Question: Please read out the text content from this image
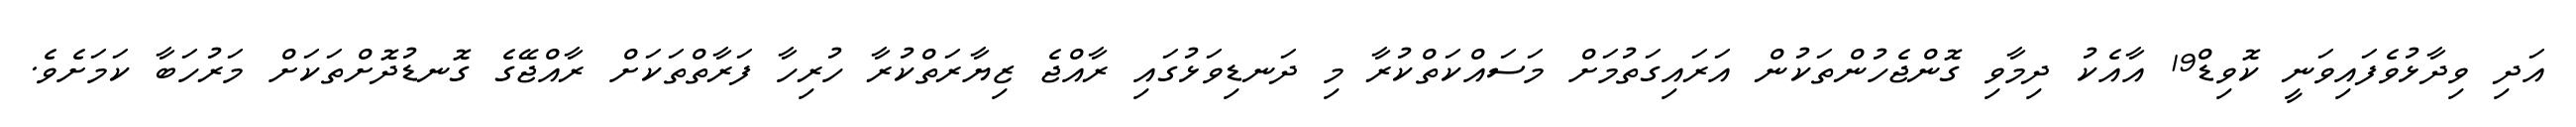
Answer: އަދި ވިދާޅުވެފައިވަނީ ކޮވިޑް19 އާއެކު ދިމާވި ގޮންޖެހުންތަކުން އަރައިގަތުމަށް މަސައްކަތްކުރާ މި ދަނޑިވަޅުގައި ރާއްޖެ ޒިޔާރަތްކުރާ ހުރިހާ ފަރާތްތަކަށް ރާއްޖޭގެ ގޮނޑުދޮށްތަކަށް މަރުހަބާ ކަމަށެވެ.